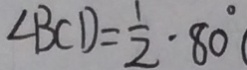
\angle B C D = \frac { 1 } { 2 } \cdot 8 0 ^ { \circ } (